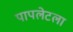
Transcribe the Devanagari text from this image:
पापलेटला